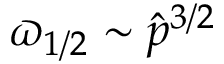
\varpi _ { 1 / 2 } \sim \hat { p } ^ { 3 / 2 }